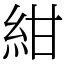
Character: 紺